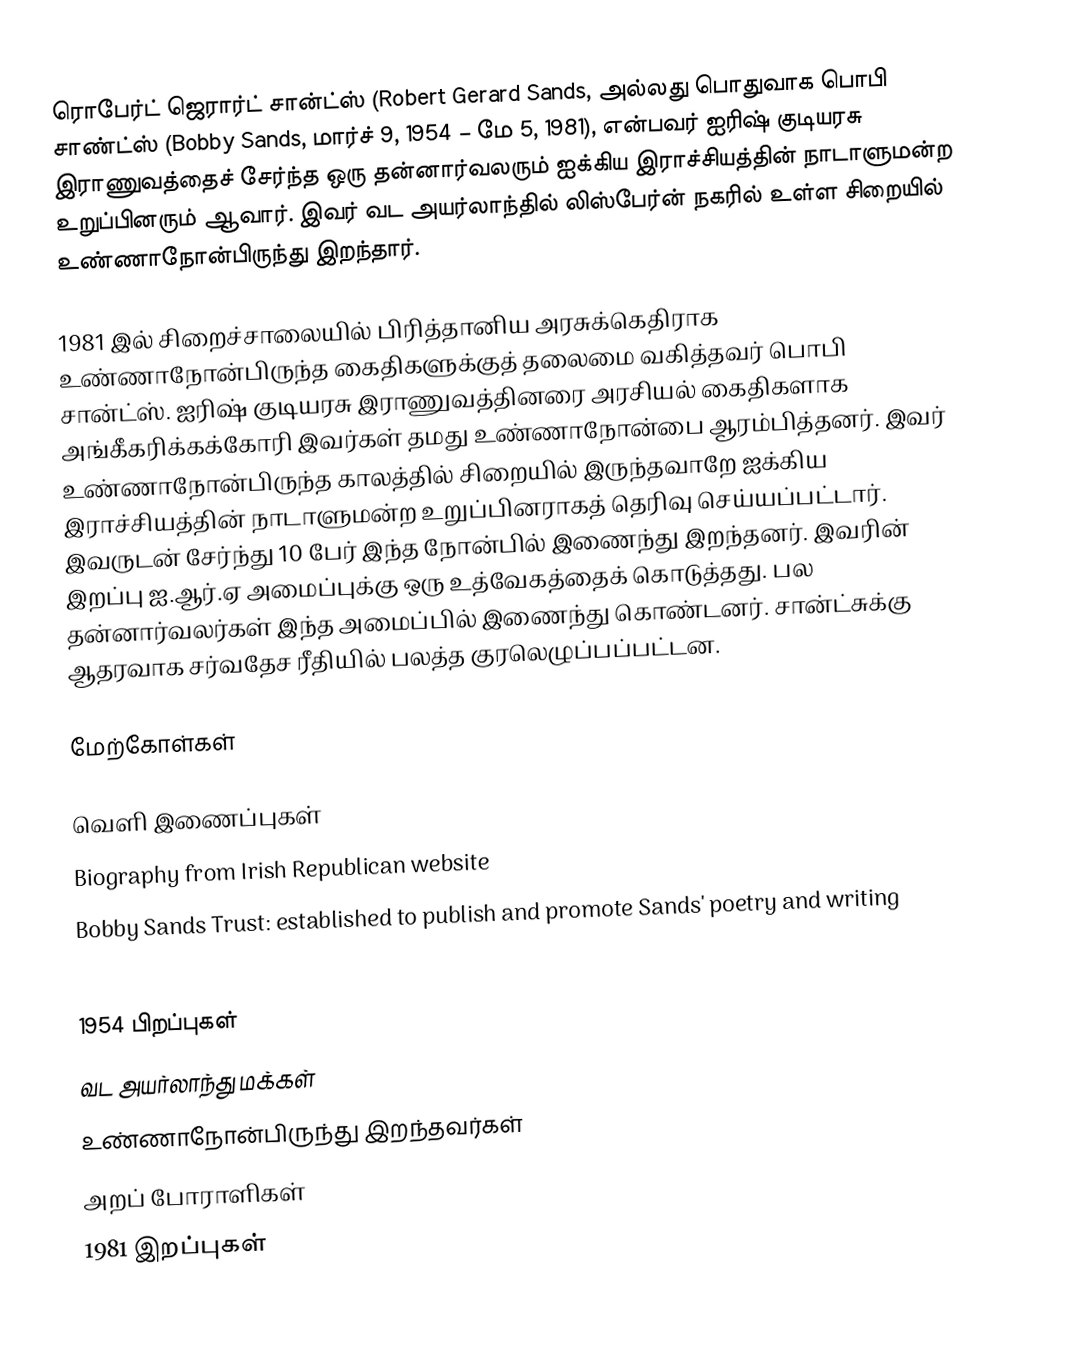
ரொபேர்ட் ஜெரார்ட் சான்ட்ஸ் (Robert Gerard Sands, அல்லது பொதுவாக பொபி சாண்ட்ஸ் (Bobby Sands, மார்ச் 9, 1954 – மே 5, 1981), என்பவர் ஐரிஷ் குடியரசு இராணுவத்தைச் சேர்ந்த ஒரு தன்னார்வலரும் ஐக்கிய இராச்சியத்தின் நாடாளுமன்ற உறுப்பினரும் ஆவார். இவர் வட அயர்லாந்தில் லிஸ்பேர்ன் நகரில் உள்ள சிறையில் உண்ணாநோன்பிருந்து இறந்தார்.

1981 இல் சிறைச்சாலையில் பிரித்தானிய அரசுக்கெதிராக உண்ணாநோன்பிருந்த கைதிகளுக்குத் தலைமை வகித்தவர் பொபி சான்ட்ஸ். ஐரிஷ் குடியரசு இராணுவத்தினரை அரசியல் கைதிகளாக அங்கீகரிக்கக்கோரி இவர்கள் தமது உண்ணாநோன்பை ஆரம்பித்தனர். இவர் உண்ணாநோன்பிருந்த காலத்தில் சிறையில் இருந்தவாறே ஐக்கிய இராச்சியத்தின் நாடாளுமன்ற உறுப்பினராகத் தெரிவு செய்யப்பட்டார். இவருடன் சேர்ந்து 10 பேர் இந்த நோன்பில் இணைந்து இறந்தனர். இவரின் இறப்பு ஐ.ஆர்.ஏ அமைப்புக்கு ஒரு உத்வேகத்தைக் கொடுத்தது. பல தன்னார்வலர்கள் இந்த அமைப்பில் இணைந்து கொண்டனர். சான்ட்சுக்கு ஆதரவாக சர்வதேச ரீதியில் பலத்த குரலெழுப்பப்பட்டன.

மேற்கோள்கள்

வெளி இணைப்புகள்
 Biography from Irish Republican website
 Bobby Sands Trust: established to publish and promote Sands' poetry and writing
  Bobby Sands diary entries & biographies of the ten hunger strikers

1954 பிறப்புகள்
வட அயர்லாந்து மக்கள்
உண்ணாநோன்பிருந்து இறந்தவர்கள்
அறப் போராளிகள்
1981 இறப்புகள்